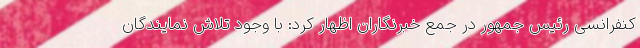
کنفرانسی رئیس جمهور در جمع خبرنگاران اظهار کرد: با وجود تلاش نمایندگان